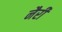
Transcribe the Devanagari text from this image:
नैरी